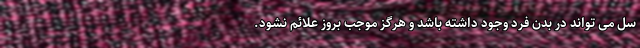
سل می تواند در بدن فرد وجود داشته باشد و هرگز موجب بروز علائم نشود.